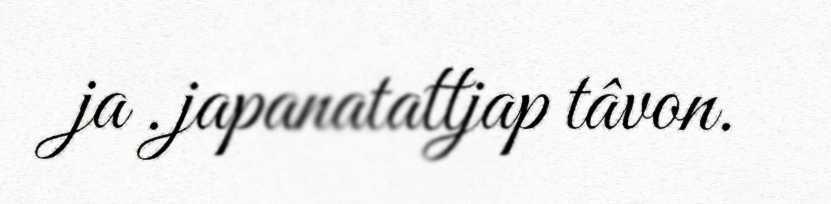
ja .japanatattjap tâvon.